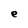
Character: e